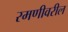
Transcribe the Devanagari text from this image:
रमणीवरील